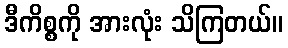
ဒီကိစ္စကို အားလုံး သိကြတယ်။